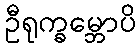
ဦရုက္ခမ္ဘောပိ